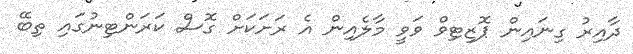
ދާއިރު ގިނައިން ޕޮޒިޓިވް ވަވީ މާލެއިން އެ ރަށަކަށް ގޮސް ކަރަންޓިނުގައި ތިބޭ